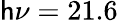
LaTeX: \mathsf{h}\nu=21.6